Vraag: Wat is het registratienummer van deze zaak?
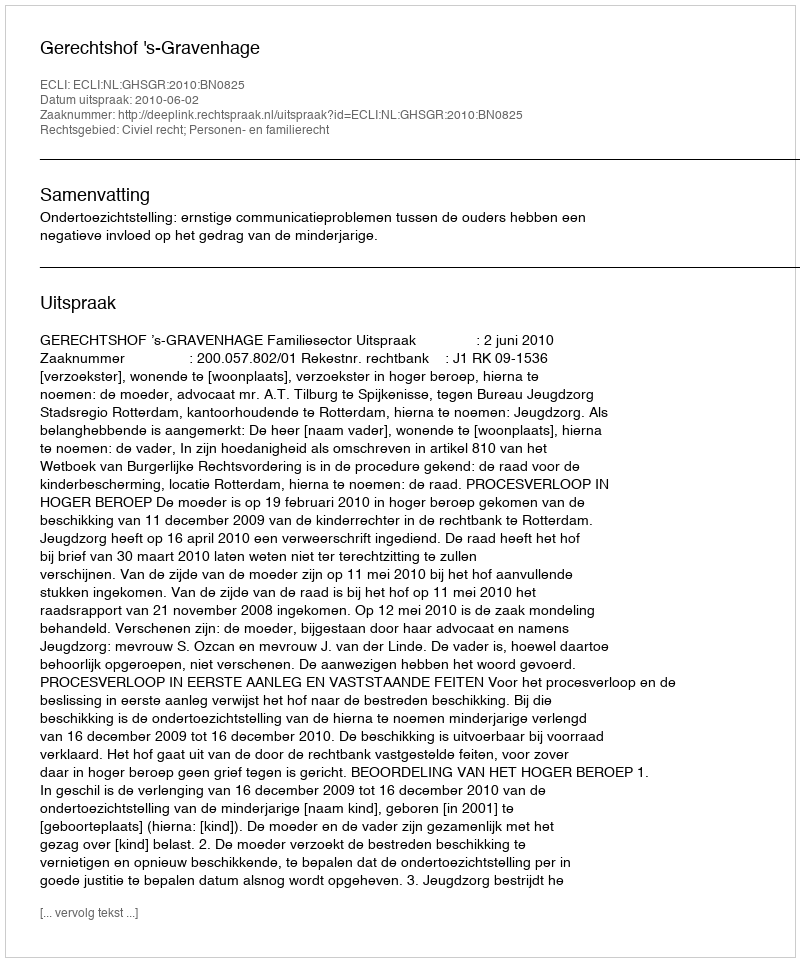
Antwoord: http://deeplink.rechtspraak.nl/uitspraak?id=ECLI:NL:GHSGR:2010:BN0825